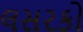
લસરકો